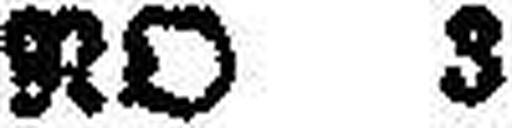
NO 3